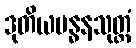
ဒုတိယဗန္ဓနသုတ္တံ